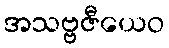
အသဗ္ဗဇီယေဝ